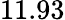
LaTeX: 11.93